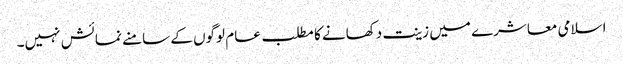
اسلامی معاشرے میں زینت دکھانے کا مطلب عام لوگوں کے سامنے نمائش نہیں۔